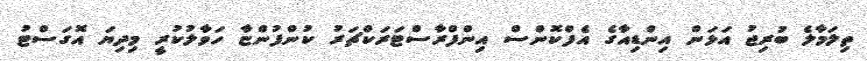
ތިލަމާލެ ބުރިޖު އަޅަން އިންޑިއާގެ އެފްކޮންސް އިންފްރާސްޓަރަކްޗަރު ކުންފުންޏާ ހަވާލުކުރީ މިދިޔަ އޮގަަސްޓު